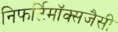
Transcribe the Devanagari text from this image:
निफर्टिमॉक्सजैसी